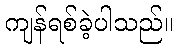
ကျန်ရစ်ခဲ့ပါသည်။